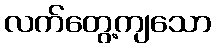
လက်တွေ့ကျသော